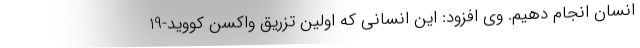
انسان انجام دهیم. وی افزود: این انسانی که اولین تزریق واکسن کووید-19